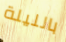
بالليلة